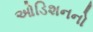
ઓડિશનનો